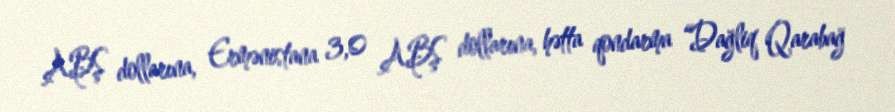
ABŞ dollarına, Ermənistana 3,0 ABŞ dollarına, hətta qondarma “Dağliq Qarabağ